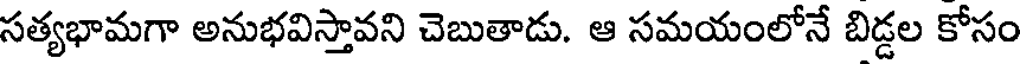
సత్యభామగా అనుభవిస్తావని చెబుతాడు. ఆ సమయంలోనే బిడ్డల కోసం